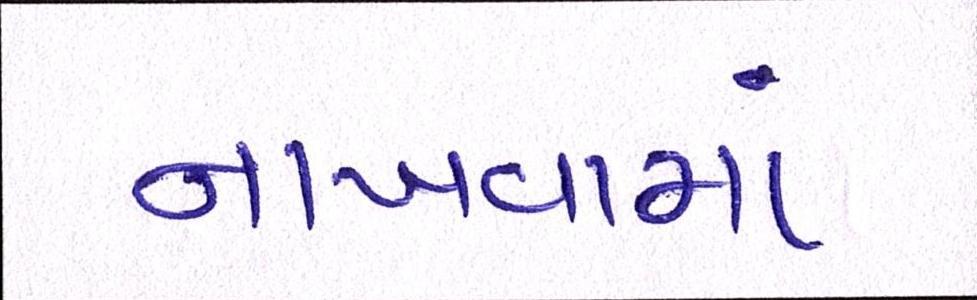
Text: નાખવામાં